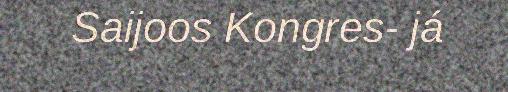
Saijoos Kongres- já